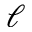
\ell